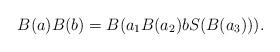
LaTeX: \begin{align*}B(a)B(b)=B(a_1B(a_2)bS(B(a_3))).\end{align*}